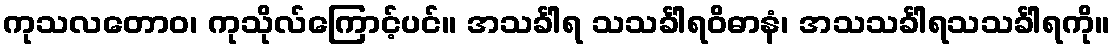
ကုသလတောဝ၊ ကုသိုလ်ကြောင့်ပင်။ အသင်္ခါရ သသင်္ခါရဝိဓာနံ၊ အသသင်္ခါရသသင်္ခါရကို။